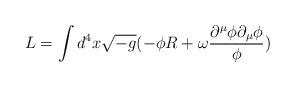
\begin{align*}L=\int{d^{4}x\sqrt{-g}(-{\phi}R+{\omega}\frac{{\partial}^{\mu}{\phi}{\partial}_{\mu}{\phi}}{\phi})}\end{align*}